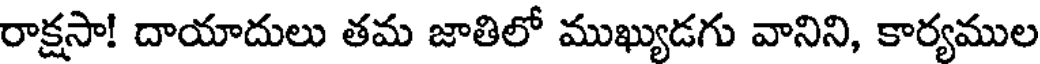
రాక్షసా! దాయాదులు తమ జాతిలో ముఖ్యుడగు వానిని, కార్యముల